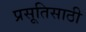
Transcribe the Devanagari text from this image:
प्रसूतिसाठी